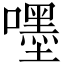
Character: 嚜